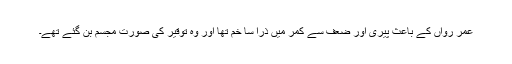
عمر رواں کے باعث پیری اور ضعف سے کمر میں ذرا سا خم تھا اور وہ توقیر کی صورت مجسم بن گئے تھے۔